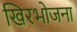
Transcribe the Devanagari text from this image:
खिरभोजना